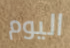
اليوم